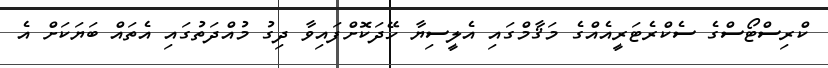
ކްރިސްޓޯސްގެ ސެކްރެޓަރީއެއްގެ މަޤާމްގައި އެލީސިޔާ ހޭދަކޮށްފައިވާ ދިގު މުއްދަތުގައި އެތައް ބަޔަކަށް އެ